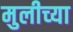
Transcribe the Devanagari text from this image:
मुलीच्‍या